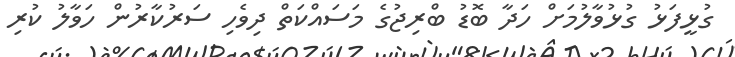
ގުޅީފަޅު ގުޅުވާލުމަށް ހަދާ ބޮޑު ބްރިޖުގެ މަސައްކަތް ދިވެހި ސަރުކާރުން ހަވާލު ކުރި